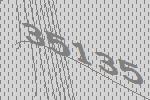
35135